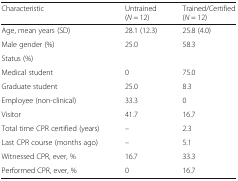
| Characteristic | Untrained (N = 12) | Trained/Certified (N = 12) |
 | --- | --- | --- |
 | Age, mean years (SD) | 28.1 (12.3) | 25.8 (4.0) |
 | Male gender (%) | 25.0 | 58.3 |
 | <COLSPAN=3> Status (%) |
 | Medical student | 0 | 75.0 |
 | Graduate student | 25.0 | 8.3 |
 | Employee (non-clinical) | 33.3 | 0 |
 | Visitor | 41.7 | 16.7 |
 | Total time CPR certified (years) | – | 2.3 |
 | Last CPR course (months ago) | – | 5.1 |
 | Witnessed CPR, ever, % | 16.7 | 33.3 |
 | Performed CPR, ever, % | 0 | 16.7 |